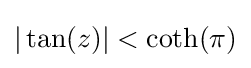
|\tan(z)|<\coth(\pi )